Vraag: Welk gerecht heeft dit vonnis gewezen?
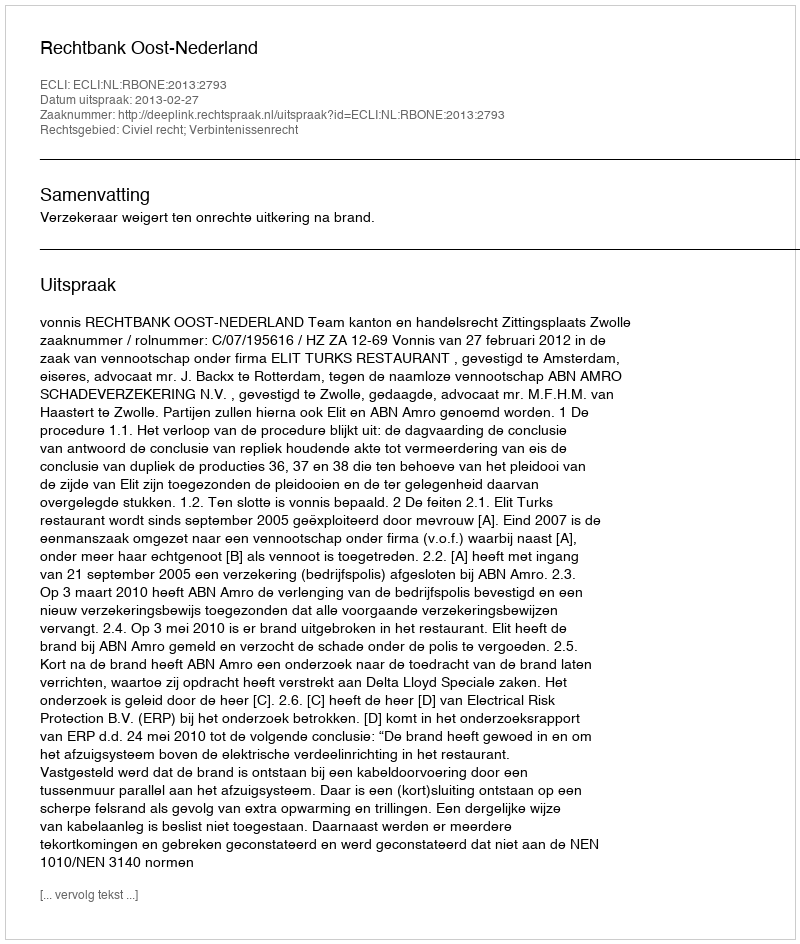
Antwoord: Rechtbank Oost-Nederland